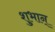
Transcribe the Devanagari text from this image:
शुभान्